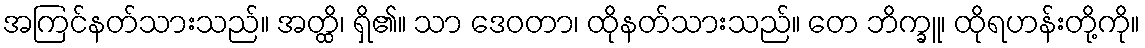
အကြင်နတ်သားသည်။ အတ္ထိ၊ ရှိ၏။ သာ ဒေဝတာ၊ ထိုနတ်သားသည်။ တေ ဘိက္ခူ၊ ထိုရဟန်းတို့ကို။